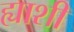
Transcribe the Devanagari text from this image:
ह्याशी